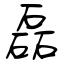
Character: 磊